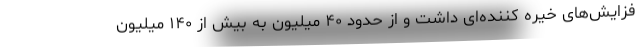
فزایش‌های خیره کننده‌ای داشت و از حدود ۴۰ میلیون به بیش از ۱۴۰ میلیون